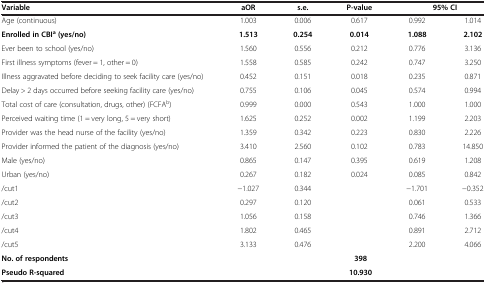
<table><thead><tr><td><b>Variable</b></td><td><b>aOR</b></td><td><b>s.e.</b></td><td><b>P-value</b></td><td colspan="2"><b>95% CI</b></td></tr></thead><tbody><tr><td>Age (continuous)</td><td>1.003</td><td>0.006</td><td>0.617</td><td>0.992</td><td>1.014</td></tr><tr><td><b>Enrolled in CBI</b><sup><b>a </b></sup><b>(yes/no)</b></td><td><b>1.513</b></td><td><b>0.254</b></td><td><b>0.014</b></td><td><b>1.088</b></td><td><b>2.102</b></td></tr><tr><td>Ever been to school (yes/no)</td><td>1.560</td><td>0.556</td><td>0.212</td><td>0.776</td><td>3.136</td></tr><tr><td>First illness symptoms (fever = 1, other = 0)</td><td>1.558</td><td>0.585</td><td>0.242</td><td>0.747</td><td>3.250</td></tr><tr><td>Illness aggravated before deciding to seek facility care (yes/no)</td><td>0.452</td><td>0.151</td><td>0.018</td><td>0.235</td><td>0.871</td></tr><tr><td>Delay &gt; 2 days occurred before seeking facility care (yes/no)</td><td>0.755</td><td>0.106</td><td>0.045</td><td>0.574</td><td>0.994</td></tr><tr><td>Total cost of care (consultation, drugs, other) (FCFA<sup>b</sup>)</td><td>0.999</td><td>0.000</td><td>0.543</td><td>1.000</td><td>1.000</td></tr><tr><td>Perceived waiting time (1 = very long, 5 = very short)</td><td>1.625</td><td>0.252</td><td>0.002</td><td>1.199</td><td>2.203</td></tr><tr><td>Provider was the head nurse of the facility (yes/no)</td><td>1.359</td><td>0.342</td><td>0.223</td><td>0.830</td><td>2.226</td></tr><tr><td>Provider informed the patient of the diagnosis (yes/no)</td><td>3.410</td><td>2.560</td><td>0.102</td><td>0.783</td><td>14.850</td></tr><tr><td>Male (yes/no)</td><td>0.865</td><td>0.147</td><td>0.395</td><td>0.619</td><td>1.208</td></tr><tr><td>Urban (yes/no)</td><td>0.267</td><td>0.182</td><td>0.024</td><td>0.085</td><td>0.842</td></tr><tr><td>/cut1</td><td>−1.027</td><td>0.344</td><td> </td><td>−1.701</td><td>−0.352</td></tr><tr><td>/cut2</td><td>0.297</td><td>0.120</td><td> </td><td>0.061</td><td>0.533</td></tr><tr><td>/cut3</td><td>1.056</td><td>0.158</td><td> </td><td>0.746</td><td>1.366</td></tr><tr><td>/cut4</td><td>1.802</td><td>0.465</td><td> </td><td>0.891</td><td>2.712</td></tr><tr><td>/cut5</td><td>3.133</td><td>0.476</td><td> </td><td>2.200</td><td>4.066</td></tr><tr><td><b>No. of respondents</b></td><td colspan="5"><b>398</b></td></tr><tr><td><b>Pseudo R-squared</b></td><td colspan="5"><b>10.930</b></td></tr></tbody></table>